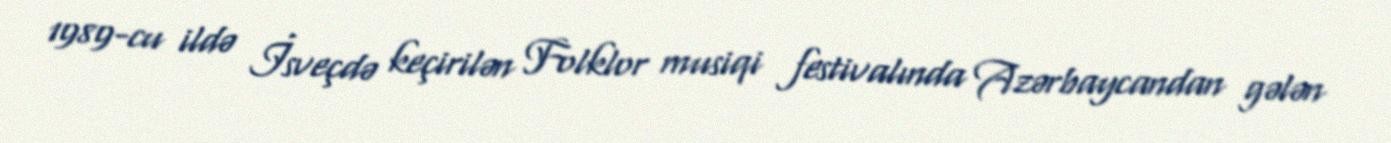
1989-cu ildə İsveçdə keçirilən Folklor musiqi festivalında Azərbaycandan gələn